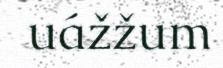
uážžum